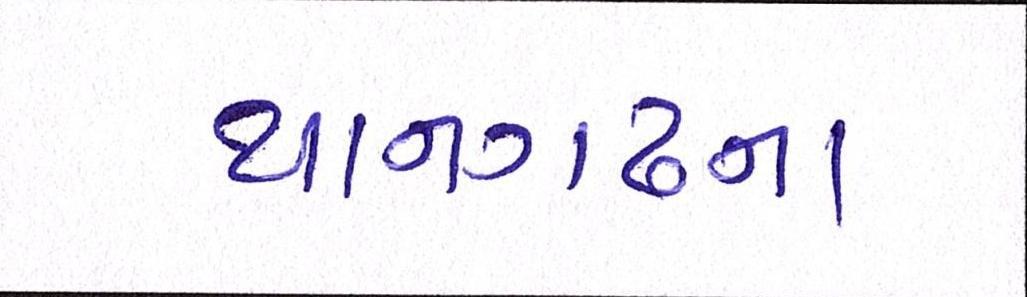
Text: થાનગઢના